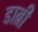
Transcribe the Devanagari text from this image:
डाब्री